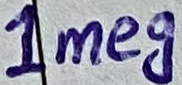
Text: 1Meg